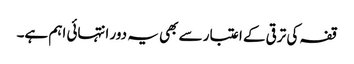
قفہ کی ترقی کے اعتبار سے بھی یہ دور انتہائی اہم ہے۔